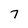
Character: 7